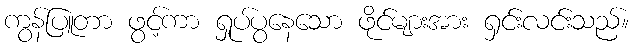
ကွန်ပြူတာ ဖွင့်ကာ ရှုပ်ပွနေသော ဖိုင်များအား ရှင်းလင်းသည်။